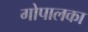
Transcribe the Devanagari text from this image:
गोपालका